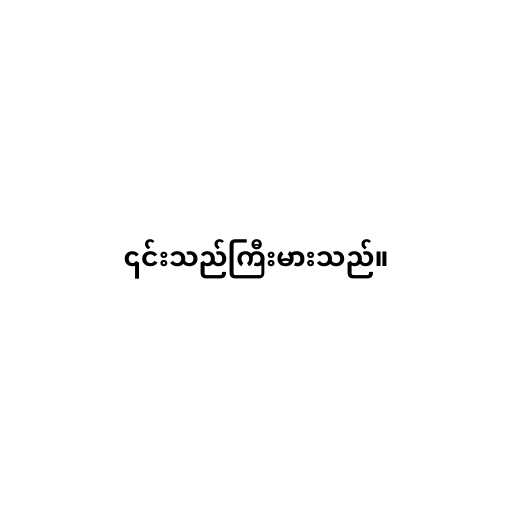
၎င်းသည်ကြီးမားသည်။